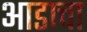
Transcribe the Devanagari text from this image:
आडाचा